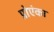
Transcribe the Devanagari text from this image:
प्रोएंका